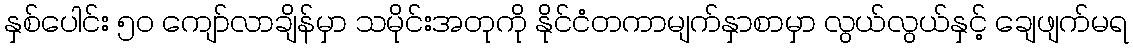
နှစ်ပေါင်း ၅ဝ ကျော်လာချိန်မှာ သမိုင်းအတုကို နိုင်ငံတကာမျက်နှာစာမှာ လွယ်လွယ်နှင့် ချေဖျက်မရ